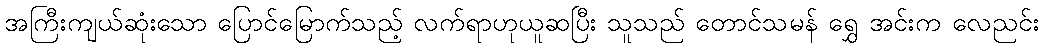
အကြီးကျယ်ဆုံးသော ပြောင်မြောက်သည့် လက်ရာဟုယူဆပြီး သူသည် တောင်သမန် ရွှေ အင်းက လေညင်း